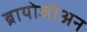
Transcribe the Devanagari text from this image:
ब्रायोजोअन